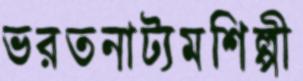
ভরতনাট্যমশিল্পী